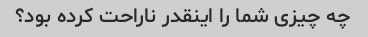
چه چیزی شما را اینقدر ناراحت کرده بود؟